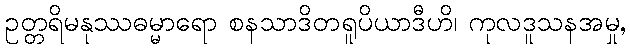
ဥတ္တရိမနုဿဓမ္မာရော စနသာဒိတရူပိယာဒီဟိ၊ ကုလဒူသနအမှု,